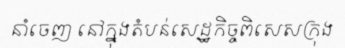
នាំចេញ នៅក្នុងតំបន់សេដ្ឋកិច្ចពិសេសក្រុង